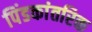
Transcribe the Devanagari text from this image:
पिंडकांतरिक